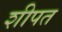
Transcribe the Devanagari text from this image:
शीपत